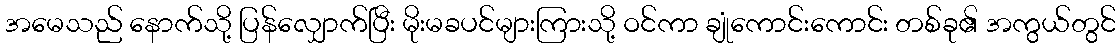
အမေသည် နောက်သို့ ပြန်လျှောက်ပြီး မိုးမခပင်များကြားသို့ ဝင်ကာ ချုံကောင်းကောင်း တစ်ခု၏ အကွယ်တွင်